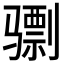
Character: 𫠌